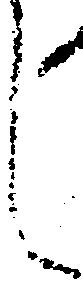
し